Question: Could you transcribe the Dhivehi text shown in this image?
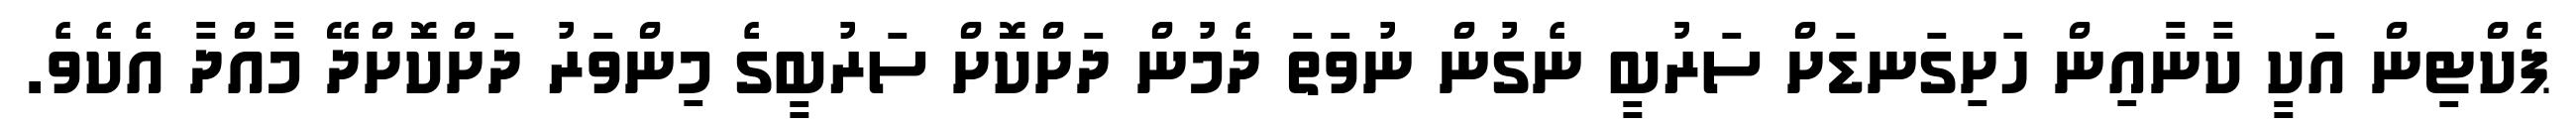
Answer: ޕެކްޓިން އަކީ ކާނާއިން ހަށިގަނޑަށް ސަރުބީ ނެގުން ނުވަތަ ދެމުން ދަށްކޮށް ސަރުބީގެ މިންވަރު ދަށްކޮށްދޭ މާއްދާ އެކެވެ.